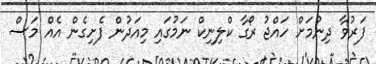
ފަރުވާ ދިނުމަށް ހައްޖު ރޯގާ ކްލިނިކް ނަމުގައި މިއަދުން ފެށިގެން އެއް މަސް